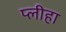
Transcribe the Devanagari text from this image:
प्‍लीहा